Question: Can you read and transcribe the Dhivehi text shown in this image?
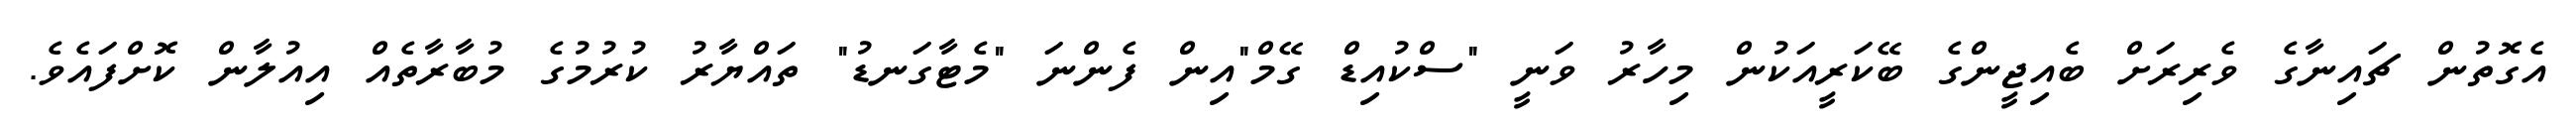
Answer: އެގޮތުން ޗައިނާގެ ވެރިރަށް ބެއިޖީންގެ ބޭކަރީއަކުން މިހާރު ވަނީ "ސްކުއިޑް ގޭމް"އިން ފެންނަ "މެޓާގަނޑު" ތައްޔާރު ކުރުމުގެ މުބާރާތެއް އިއުލާން ކޮށްފައެވެ.